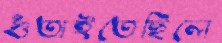
গুঁতাইতেছিলে